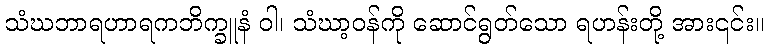
သံဃဘာရဟာရကဘိက္ခူနံ ဝါ၊ သံဃာ့ဝန်ကို ဆောင်ရွတ်သော ရဟန်းတို့ အား၎င်း။